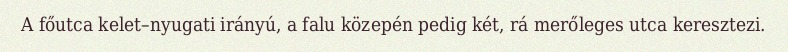
A főutca kelet–nyugati irányú, a falu közepén pedig két, rá merőleges utca keresztezi.